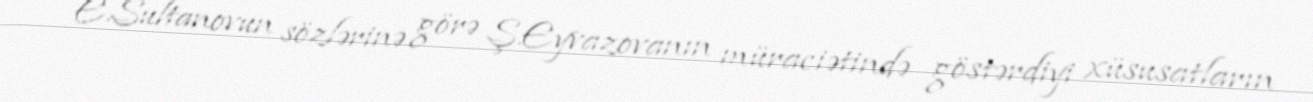
E.Sultanovun sözlərinə görə Ş.Eyvazovanın müraciətində göstərdiyi xüsusatların